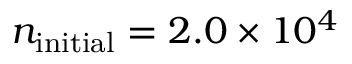
n _ { \mathrm { i n i t i a l } } = 2 . 0 \times 1 0 ^ { 4 }